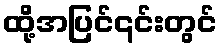
ထို့အပြင်၎င်းတွင်